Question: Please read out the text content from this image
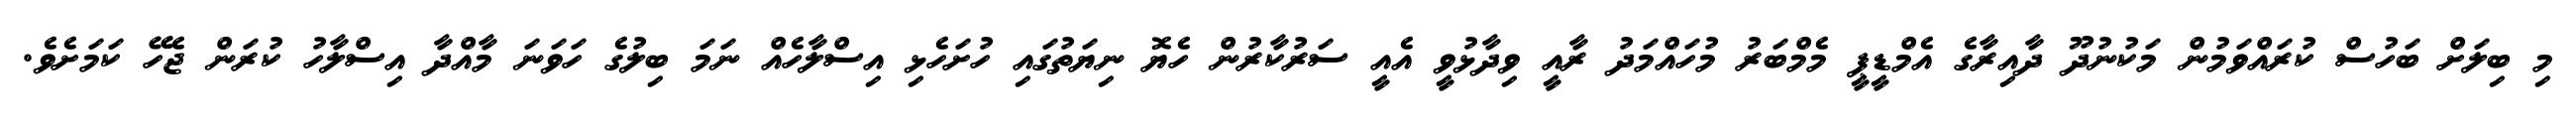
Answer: މި ބިލަށް ބަހުސް ކުރައްވަމުން މަކުނުދޫ ދާއިރާގެ އެމްޑީޕީ މެމްބަރު މުހައްމަދު ރާއީ ވިދާޅުވީ އެއީ ސަރުކާރުން ހެޔޮ ނިޔަތުގައި ހުށަހެޅި އިސްލާހެއް ނަމަ ބިލުގެ ހަވަނަ މާއްދާ އިސްލާހު ކުރަން ޖެހޭ ކަމަށެވެ.